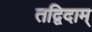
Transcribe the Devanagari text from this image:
तद्विदाम्